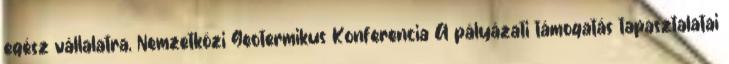
egész vállalatra, Nemzetközi Geotermikus Konferencia A pályázati támogatás tapasztalatai